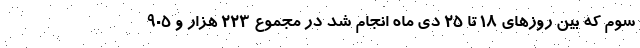
سوم که بین روزهای ۱۸ تا ۲۵ دی ماه انجام شد در مجموع ۲۲۳ هزار و ۹۰۵